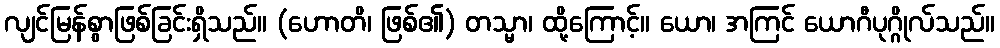
လျင်မြန်စွာဖြစ်ခြင်းရှိသည်။ (ဟောတိ၊ ဖြစ်၏) တသ္မာ၊ ထို့ကြောင့်။ ယော၊ အကြင် ယောဂီပုဂ္ဂိုလ်သည်။